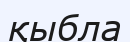
қыбла